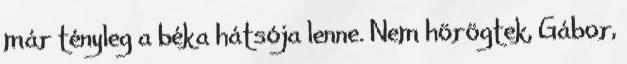
már tényleg a béka hátsója lenne. Nem hörögtek, Gábor,